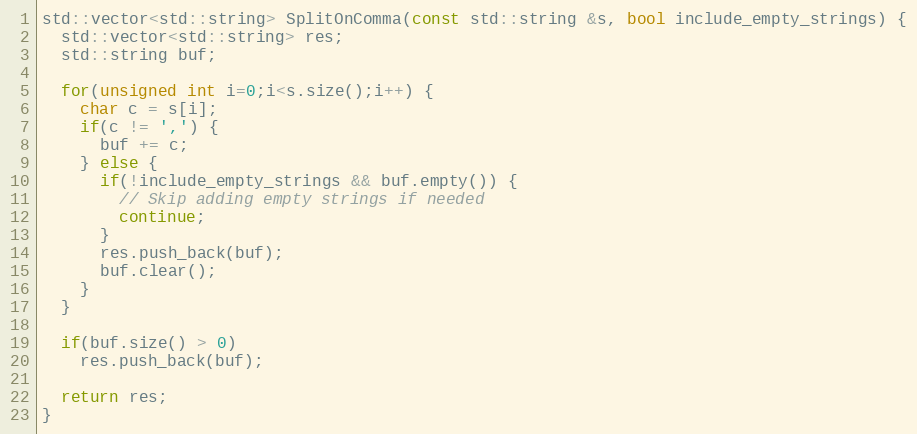
Language: C++
std::vector<std::string> SplitOnComma(const std::string &s, bool include_empty_strings) {
  std::vector<std::string> res;
  std::string buf;

  for(unsigned int i=0;i<s.size();i++) {
    char c = s[i];
    if(c != ',') {
      buf += c;
    } else {
      if(!include_empty_strings && buf.empty()) {
        // Skip adding empty strings if needed
        continue;
      }
      res.push_back(buf);
      buf.clear();
    }
  }

  if(buf.size() > 0)
    res.push_back(buf);

  return res;
}